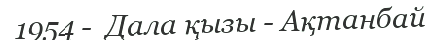
1954 -  Дала қызы - Ақтанбай